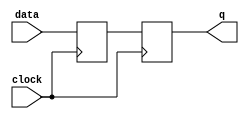
module sequential_logic_block (
  input wire data,
  input wire clock,
  output reg q
);

reg d;

always @ (posedge clock) begin
  d <= data;
  q <= d;
end

endmodule